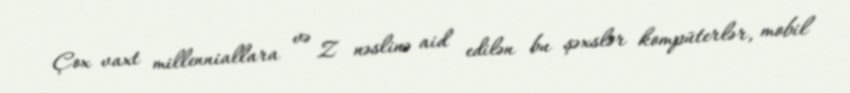
Çox vaxt millenniallara və Z nəslinə aid edilən bu şəxslər kompüterlər, mobil